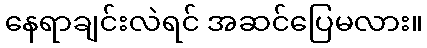
နေရာချင်းလဲရင် အဆင်ပြေမလား။